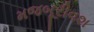
મજબૂરીવશ